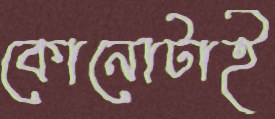
কোনোটাই